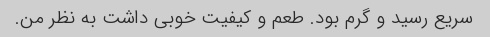
سریع رسید و گرم بود. طعم و کیفیت خوبی داشت به نظر من.